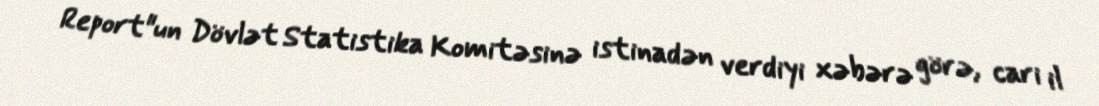
Report"un Dövlət Statistika Komitəsinə istinadən verdiyi xəbərə görə, cari il